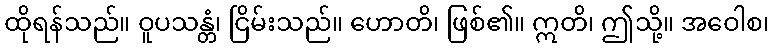
ထိုရန်သည်။ ဝူပသန္တံ၊ ငြိမ်းသည်။ ဟောတိ၊ ဖြစ်၏။ ဣတိ၊ ဤသို့။ အဝေါစ၊